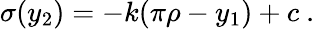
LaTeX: \sigma(y_{2})=-k(\pi\rho-y_{1})+c~.~\,